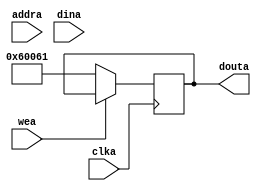
`timescale 1ns / 1ps
//////////////////////////////////////////////////////////////////////////////////
// Company: 
// Engineer: 
// 
// Design Name: 
// Module Name:    vram_block 
// Project Name: 
// Target Devices: 
// Tool versions: 
// Description: 
//
// Dependencies: 
//
// Revision: 
// Revision 0.01 - File Created
// Additional Comments: 
//
//////////////////////////////////////////////////////////////////////////////////
module vram_block(clka, wea, addra, dina, douta);
input			clka, wea;
input		[10:0]	addra;
input		[18:0]	dina;
output	[18:0]	douta;

reg		[18:0]	douta;
reg		[18:0]	memory;

always @(posedge clka) begin
	if (wea)
		memory <= dina;
	else
		douta <= {3'b110, 16'h0061};
end

endmodule